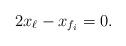
LaTeX: \begin{align*} 2x_{\ell} - x_{f_i} &= 0. \end{align*}